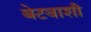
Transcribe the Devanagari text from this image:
बेटवाशी